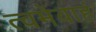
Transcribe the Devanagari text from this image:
त्वमेवाहं